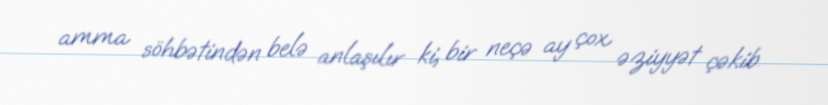
amma söhbətindən belə anlaşılır ki, bir neçə ay çox əziyyət çəkib.